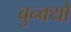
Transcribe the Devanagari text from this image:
बुन्क्यो